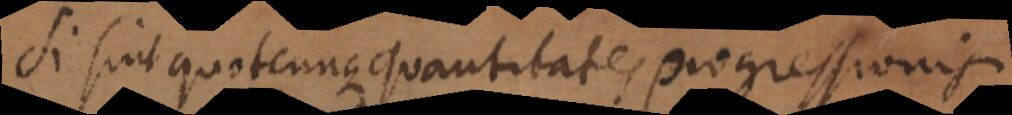
Si sint quotcunque quantitates progressionis